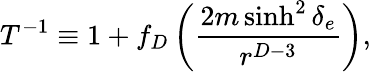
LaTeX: T^{-1}\equiv 1+f_{D}\left({\frac{2m\sinh^{2}\delta_{e}}{r^{D-3}}}\right),